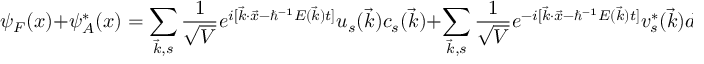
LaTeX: \psi _ { F } ( x ) + \psi _ { A } ^ { * } ( x ) = \sum _ { \vec { k } , s } \frac { 1 } { \sqrt { V } } e ^ { i [ \vec { k } \cdot \vec { x } - \hbar ^ { - 1 } E ( \vec { k } ) t ] } u _ { s } { ( \vec { k } ) } c _ { s } ( \vec { k } ) + \sum _ { \vec { k } , s } \frac { 1 } { \sqrt { V } } e ^ { - i [ \vec { k } \cdot \vec { x } - \hbar ^ { - 1 } E ( \vec { k } ) t ] } v _ { s } ^ { * } { ( \vec { k } ) } d _ { s } ^ { \dag } ( \vec { k } ) ,